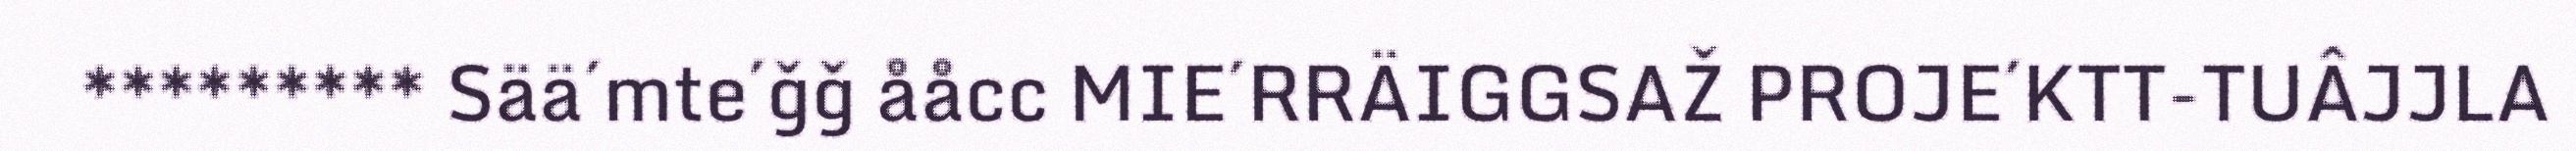
********* Sää´mte´ǧǧ ååcc MIE´RRÄIGGSAŽ PROJE´KTT-TUÂJJLA